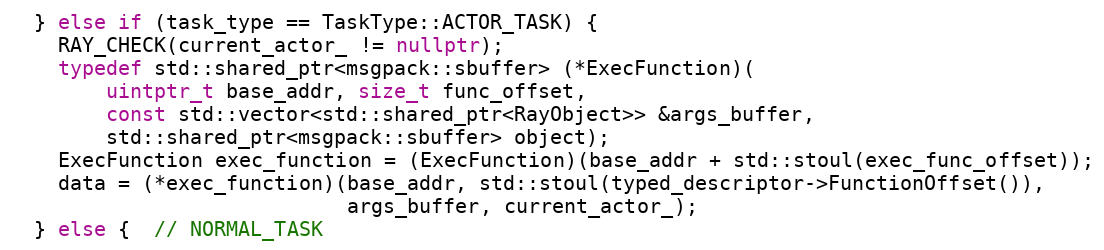
Language: C++
  } else if (task_type == TaskType::ACTOR_TASK) {
    RAY_CHECK(current_actor_ != nullptr);
    typedef std::shared_ptr<msgpack::sbuffer> (*ExecFunction)(
        uintptr_t base_addr, size_t func_offset,
        const std::vector<std::shared_ptr<RayObject>> &args_buffer,
        std::shared_ptr<msgpack::sbuffer> object);
    ExecFunction exec_function = (ExecFunction)(base_addr + std::stoul(exec_func_offset));
    data = (*exec_function)(base_addr, std::stoul(typed_descriptor->FunctionOffset()),
                            args_buffer, current_actor_);
  } else {  // NORMAL_TASK